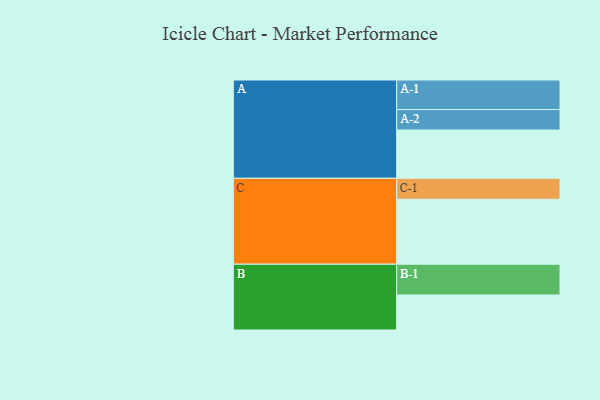
{"axis": {"x": "Segment", "y": "Value"}, "legend": ["", "A", "B", "C"], "data": [{"x": "A", "y": 438, "type": ""}, {"x": "B", "y": 318, "type": ""}, {"x": "C", "y": 590, "type": ""}, {"x": "A-1", "y": 268, "type": "A"}, {"x": "A-2", "y": 186, "type": "A"}, {"x": "B-1", "y": 279, "type": "B"}, {"x": "C-1", "y": 190, "type": "C"}]}